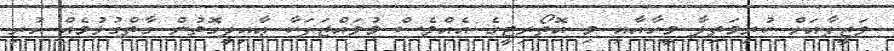
ވަޒީފާއަށް ކުރިމަތިލާ މީހާއާއި މި އޮތޯރިޓީގެ އެއްވެސް މުވައްޒަފަކާ ޢާއިލީގޮތުން ގާތްގުޅުމެއް ހުރި